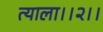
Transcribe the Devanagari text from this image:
त्याला।।२।।